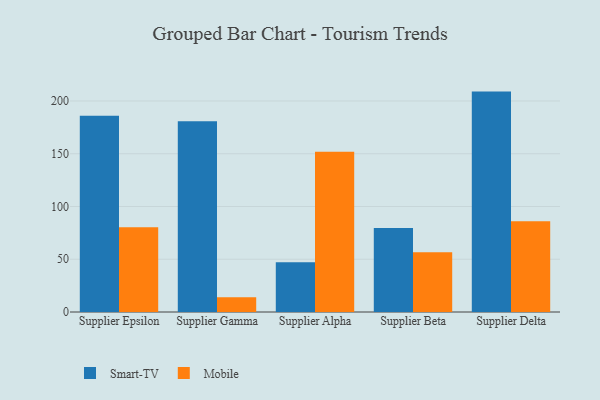
{"axis": {"x": "Supplier", "y": "Energy Usage (MWh)"}, "legend": ["Mobile", "Smart-TV"], "data": [{"x": "Supplier Epsilon", "y": 186.1, "type": "Smart-TV"}, {"x": "Supplier Epsilon", "y": 80.3, "type": "Mobile"}, {"x": "Supplier Gamma", "y": 180.9, "type": "Smart-TV"}, {"x": "Supplier Gamma", "y": 13.9, "type": "Mobile"}, {"x": "Supplier Alpha", "y": 47.1, "type": "Smart-TV"}, {"x": "Supplier Alpha", "y": 151.9, "type": "Mobile"}, {"x": "Supplier Beta", "y": 79.5, "type": "Smart-TV"}, {"x": "Supplier Beta", "y": 56.7, "type": "Mobile"}, {"x": "Supplier Delta", "y": 208.9, "type": "Smart-TV"}, {"x": "Supplier Delta", "y": 85.9, "type": "Mobile"}]}